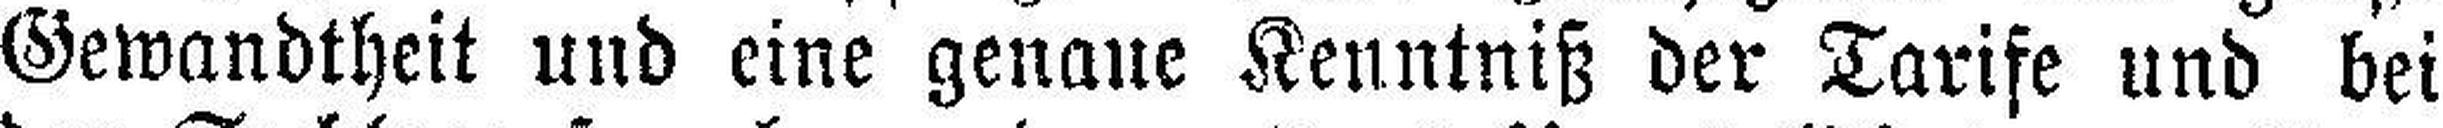
Gewandtheit und eine genaue Kenntniß der Tarife und bei